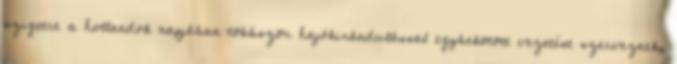
szigetre a hollandok napjában többször hajókirándulással egybekötött vezetést szerveznek,